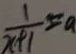
\frac { 1 } { x + 1 } = a